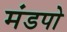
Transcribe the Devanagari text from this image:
मंडपो